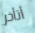
أتأخر